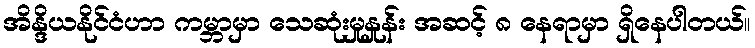
အိန္ဒိယနိုင်ငံဟာ ကမ္ဘာမှာ သေဆုံးမှုနှုန်း အဆင့် ၈ နေရာမှာ ရှိနေပါတယ်။